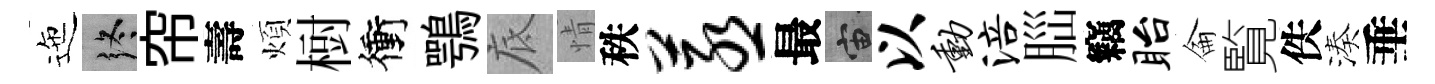
迤终帘壽煩𣗳衝鶚底情秩蒸最宙以动涪𦛁竊眙侖覧佚湊垂